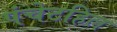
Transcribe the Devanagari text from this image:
पंचेटहिल